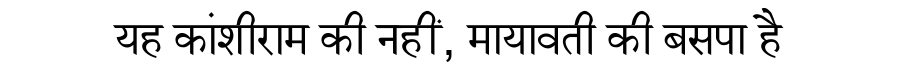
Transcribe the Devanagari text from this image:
यह कांशीराम की नहीं, मायावती की बसपा है